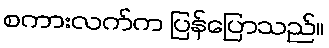
စကားလက်က ပြန်ပြောသည်။